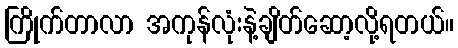
ကြိုက်တာလာ အကုန်လုံးနဲ့ချိတ်ဆော့လို့ရတယ်။